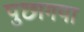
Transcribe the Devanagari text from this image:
पुछागया